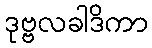
ဒုဗ္ဗလခါဒိကာ